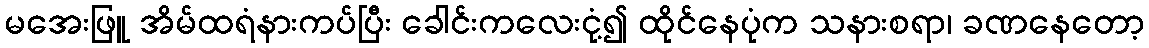
မအေးဖြူ အိမ်ထရံနားကပ်ပြီး ခေါင်းကလေးငုံ့၍ ထိုင်နေပုံက သနားစရာ၊ ခဏနေတော့